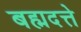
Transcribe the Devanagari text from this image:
बह्मदत्ते